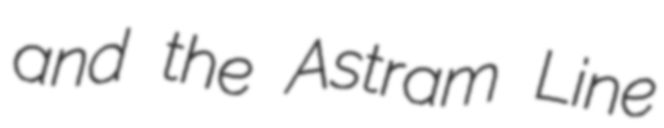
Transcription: and the Astram Line